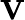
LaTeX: \mathrm{\mathbf V}